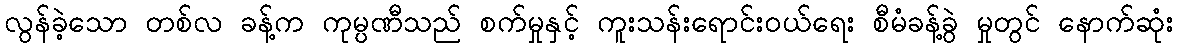
လွန်ခဲ့သော တစ်လ ခန့်က ကုမ္ပဏီသည် စက်မှုနှင့် ကူးသန်းရောင်းဝယ်ရေး စီမံခန့်ခွဲ မှုတွင် နောက်ဆုံး